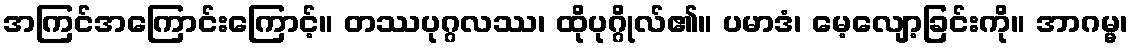
အကြင်အကြောင်းကြောင့်။ တဿပုဂ္ဂလဿ၊ ထိုပုဂ္ဂိုလ်၏။ ပမာဒံ၊ မေ့လျော့ခြင်းကို။ အာဂမ္မ၊